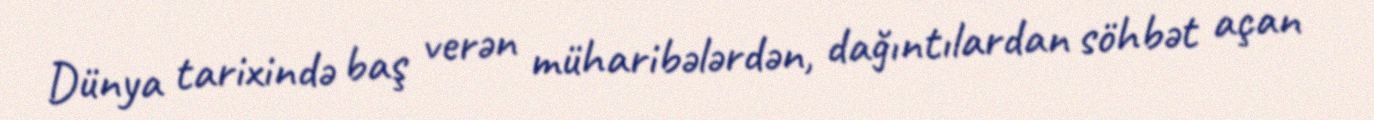
Dünya tarixində baş verən müharibələrdən, dağıntılardan söhbət açan